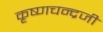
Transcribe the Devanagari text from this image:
कृष्‍णचन्‍द्रजी